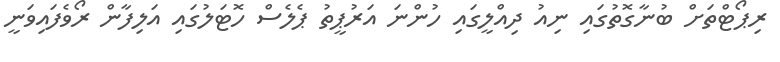
ރިޕޯޓްތަަށް ބުނާގޮތުގައި ނިއު ދިއްލީގައި ހުންނަ އަރުޕީތު ޕެލެސް ހޮޓަލުގައި އަލިފާން ރޯވެފައިވަނީ